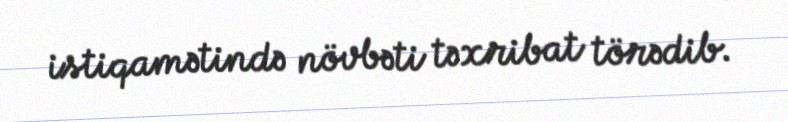
istiqamətində növbəti təxribat törədib.